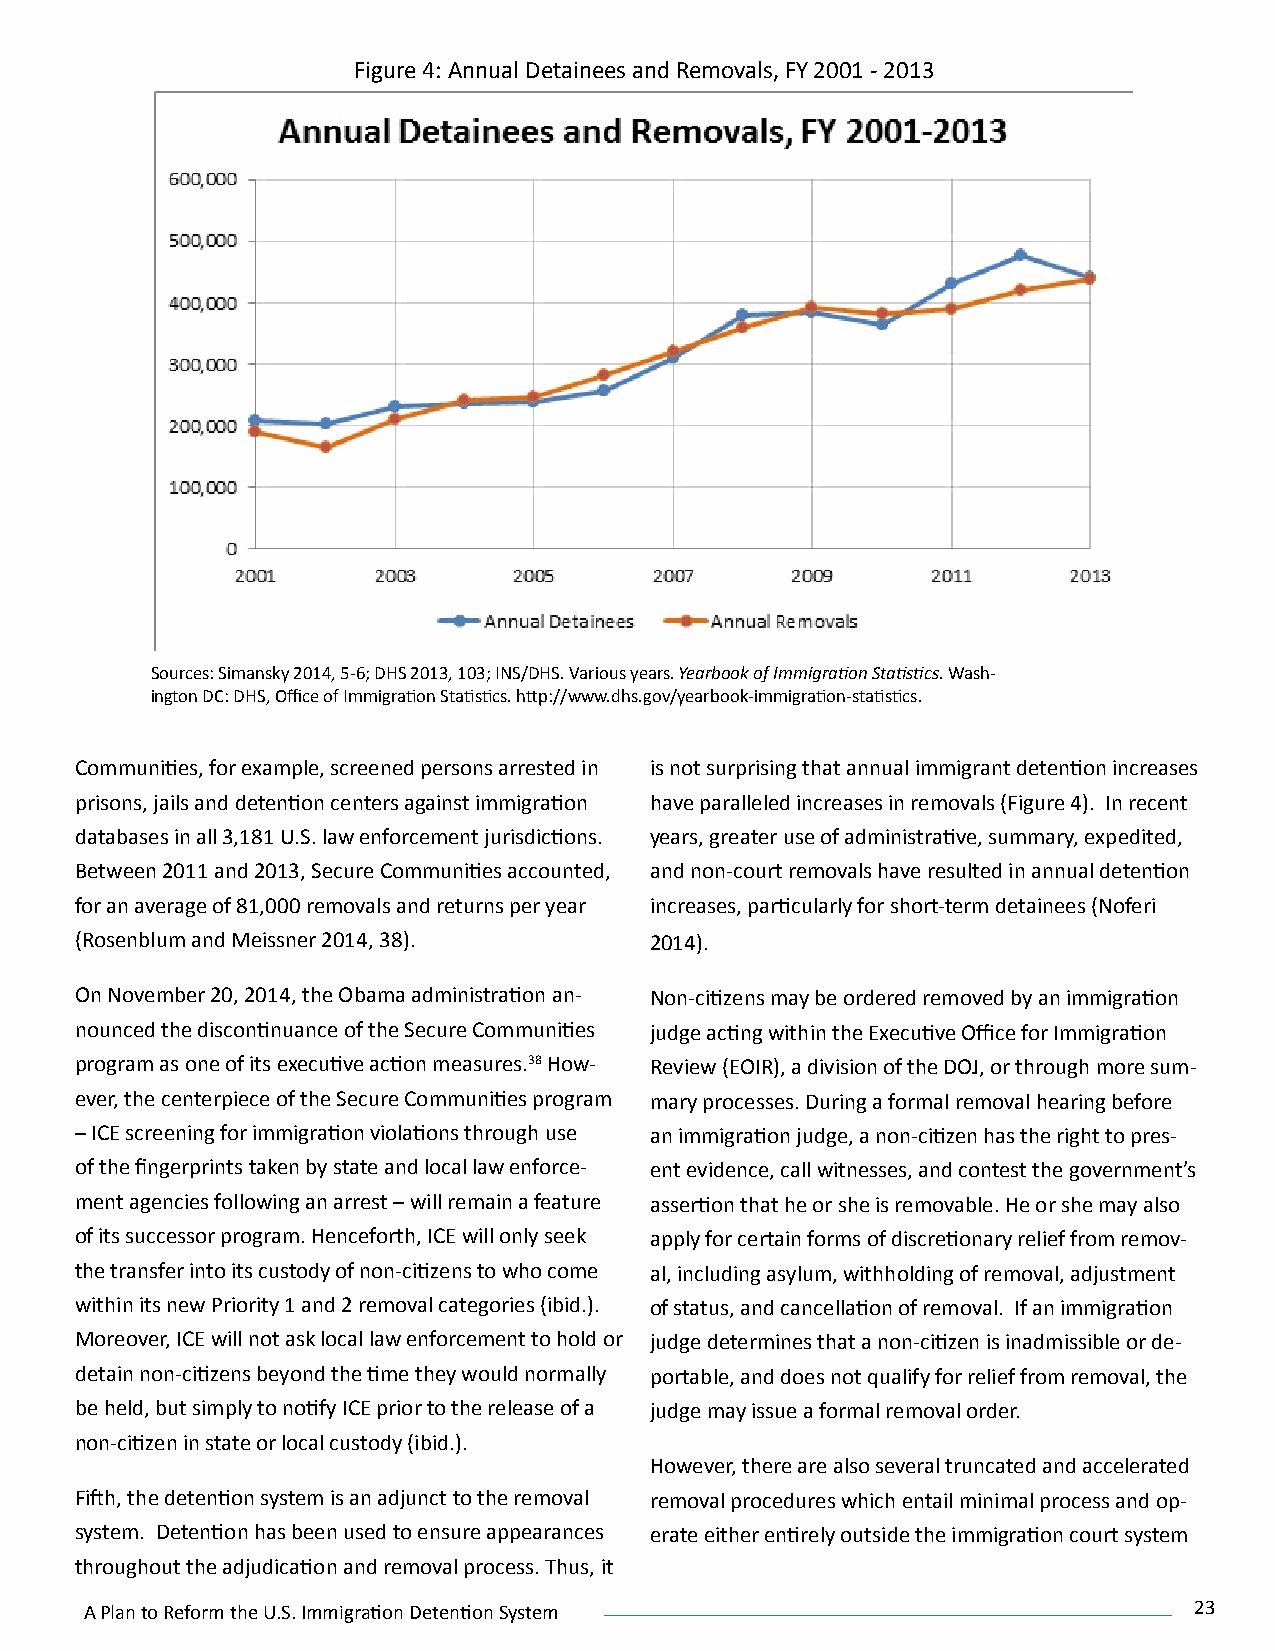
Figure 4: Annual Detainees and Removals, FY 2001 - 2013
 Sources: Simansky 2014, 5-6; DHS 2013, 103; INS/DHS. Various years. Yearbook of Immigration Statistics. Wash-
 ington DC: DHS, Office of Immigration Statistics. http://www.dhs.gov/yearbook-immigration-statistics.
 Communities, for example, screened persons arrested in is not surprising that annual immigrant detention increases
 prisons, jails and detention centers against immigration have paralleled increases in removals (Figure 4). In recent
 databases in all 3,181 U.S. law enforcement jurisdictions. years, greater use of administrative, summary, expedited,
 Between 2011 and 2013, Secure Communities accounted, and non-court removals have resulted in annual detention
 for an average of 81,000 removals and returns per year increases, particularly for short-term detainees (Noferi
 (Rosenblum and Meissner 2014, 38).    2014).
 On November 20, 2014, the Obama administration an- Non-citizens may be ordered removed by an immigration
 nounced the discontinuance of the Secure Communities judge acting within the Executive Office for Immigration
 program as one of its executive action measures.38 How- Review (EOIR), a division of the DOJ, or through more sum-
 ever, the centerpiece of the Secure Communities program mary processes. During a formal removal hearing before
 – ICE screening for immigration violations through use an immigration judge, a non-citizen has the right to pres-
 of the fingerprints taken by state and local law enforce- ent evidence, call witnesses, and contest the government’s
 ment agencies following an arrest – will remain a feature assertion that he or she is removable. He or she may also
 of its successor program. Henceforth, ICE will only seek apply for certain forms of discretionary relief from remov-
 the transfer into its custody of non-citizens to who come al, including asylum, withholding of removal, adjustment
 within its new Priority 1 and 2 removal categories (ibid.). of status, and cancellation of removal. If an immigration
 Moreover, ICE will not ask local law enforcement to hold or judge determines that a non-citizen is inadmissible or de-
 detain non-citizens beyond the time they would normally portable, and does not qualify for relief from removal, the
 be held, but simply to notify ICE prior to the release of a judge may issue a formal removal order.
 non-citizen in state or local custody (ibid.).
 However, there are also several truncated and accelerated
 Fifth, the detention system is an adjunct to the removal removal procedures which entail minimal process and op-
 system. Detention has been used to ensure appearances erate either entirely outside the immigration court system
 throughout the adjudication and removal process. Thus, it
 A Plan to Reform the U.S. Immigration Detention System                   23